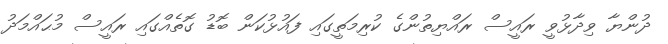
ދުންޔާ ވިދާޅުވީ ރައީސް ރައްޔިތުންގެ ކުރިމަތީގައި ފައުޅުކަން ބޮޑު ގޮތެއްގައި ރައީސް މުޙައްމަދު